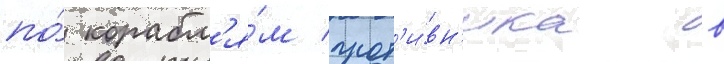
по́ корабл'я́м прот'и́вн'ика в